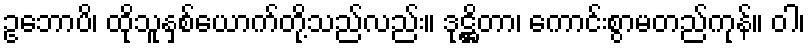
ဥဘောပိ၊ ထိုသူနှစ်ယောက်တို့သည်လည်း။ ဒုဋ္ဌိတာ၊ ကောင်းစွာမတည်ကုန်။ ဝါ၊